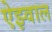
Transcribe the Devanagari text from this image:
ऐझ्वाल